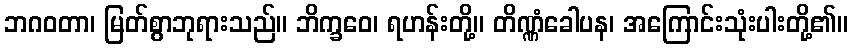
ဘဂဝတာ၊ မြတ်စွာဘုရားသည်။ ဘိက္ခဝေ၊ ရဟန်းတို့။ တိဏ္ဏံခေါပန၊ အကြောင်းသုံးပါးတို့၏။